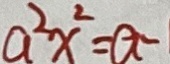
a ^ { 2 } x ^ { 2 } = a -